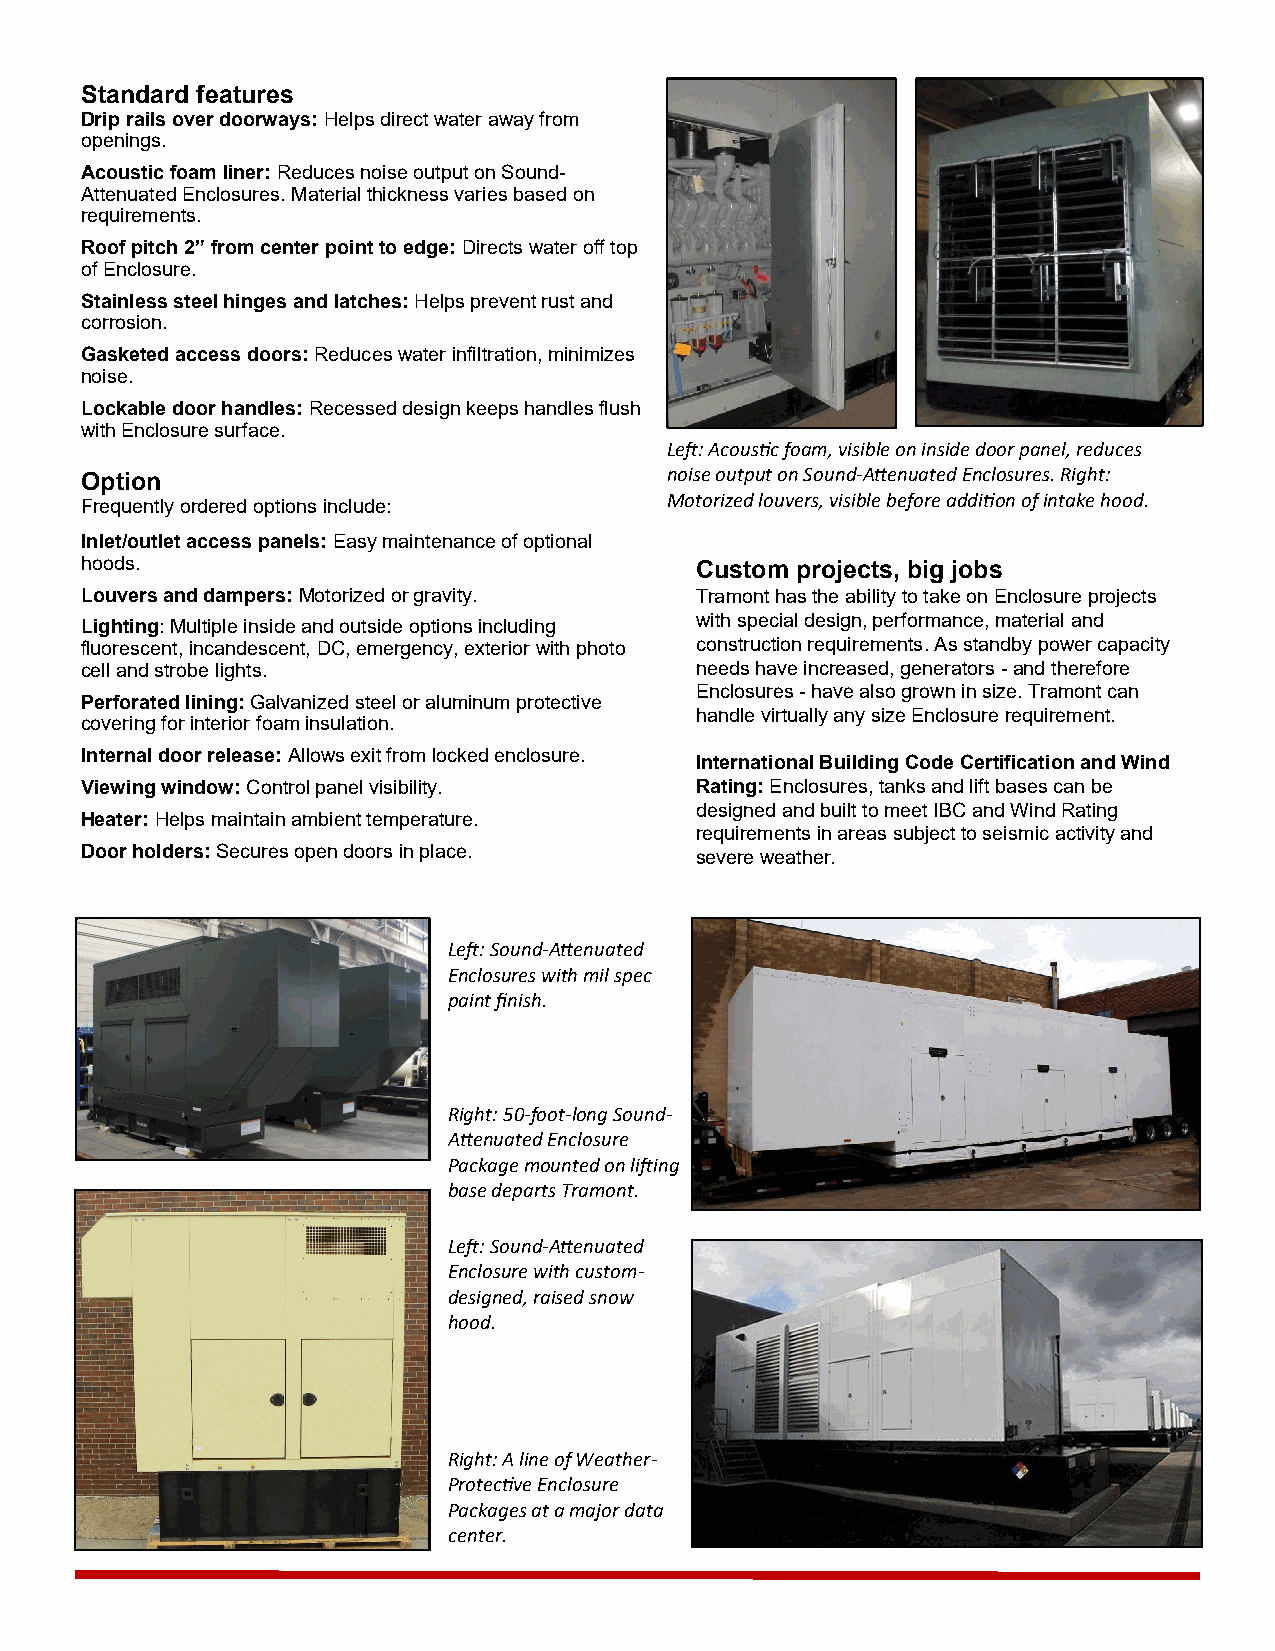
Standard features
 Drip rails over doorways: Helps direct water away from
 openings.
 Acoustic foam liner: Reduces noise output on Sound-
 Attenuated Enclosures. Material thickness varies based on
 requirements.
 Roof pitch 2” from center point to edge: Directs water off top
 of Enclosure.
 Stainless steel hinges and latches: Helps prevent rust and
 corrosion.
 Gasketed access doors: Reduces water infiltration, minimizes
 noise.
 Lockable door handles: Recessed design keeps handles flush
 with Enclosure surface.
 Left: Acoustic foam, visible on inside door panel, reduces
 Option                                 noise output on Sound-Attenuated Enclosures. Right:
 Frequently ordered options include:    Motorized louvers, visible before addition of intake hood.
 Inlet/outlet access panels: Easy maintenance of optional
 hoods.                                   Custom projects, big jobs
 Louvers and dampers: Motorized or gravity. Tramont has the ability to take on Enclosure projects
 with special design, performance, material and
 Lighting: Multiple inside and outside options including
 fluorescent, incandescent, DC, emergency, exterior with photo construction requirements. As standby power capacity
 cell and strobe lights.                  needs have increased, generators - and therefore
 Enclosures - have also grown in size. Tramont can
 Perforated lining: Galvanized steel or aluminum protective
 handle virtually any size Enclosure requirement.
 covering for interior foam insulation.
 Internal door release: Allows exit from locked enclosure.
 International Building Code Certification and Wind
 Viewing window: Control panel visibility. Rating: Enclosures, tanks and lift bases can be
 designed and built to meet IBC and Wind Rating
 Heater: Helps maintain ambient temperature.
 requirements in areas subject to seismic activity and
 Door holders: Secures open doors in place. severe weather.
 Left: Sound-Attenuated
 Enclosures with mil spec
 paint finish.
 Right: 50-foot-long Sound-
 Attenuated Enclosure
 Package mounted on lifting
 base departs Tramont.
 Left: Sound-Attenuated
 Enclosure with custom-
 designed, raised snow
 hood.
 Right: A line of Weather-
 Protective Enclosure
 Packages at a major data
 center.